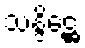
သန္ဒိဋ္ဌေ